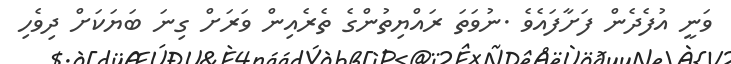
ވަނީ އުފެދެން ފަށާފައެވެ .ނުވަތަ ރައްޔިތުންގެ ތެރެއިން ވަރަށް ގިނަ ބަޔަކަށް ދިވެހި